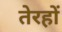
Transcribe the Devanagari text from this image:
तेरहों